Reports on military cantonments and civil stations in the Presidency of Bombay inspected by the Sanitary Commissioner in the years 1875 and 1876
Year: 1875
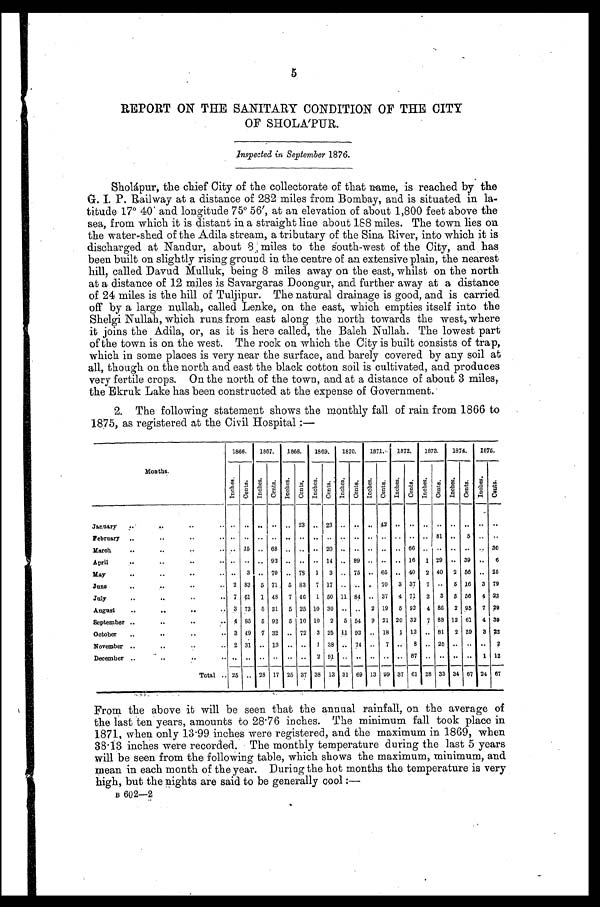
5
REPORT ON THE SANITARY CONDITION OF THE CITY
OF SHOLAPUR.
Inspected in September 1876.
Sholápur, the chief City of the collectorate of that name, is reached by the
G. I. P. Railway at a distance of 282 miles from Bombay, and is situated in la-
titude 17° 40 and longitude 75° 56', at an elevation of about 1,800 feet above the
sea, from which it is distant in a straight line about 188 miles. The town lies on
the water-shed of the Adila stream, a tributary of the Sina River, into which it is
discharged at Nandur, about 8, miles to the south-west of the City, and has
been built on slightly rising ground in the centre of an extensive plain, the nearest
hill, called Davud Mulluk, being 8 miles away on the east, whilst on the north
at a distance of 12 miles is Savargaras Doongur, and further away at a distance
of 24 miles is the hill of Tuljipur. The natural drainage is good, and is carried
off by a large nullah, called Lenke, on the east, which empties itself into the
Shelgi Nullah, which runs from east along the north towards the west, where
it joins the Adila, or, as it is here called, the Baleh Nullah. The lowest part
of the town is on the west. The rock on which the City is built consists of trap,
which in some places is very near the surface, and barely covered by any soil at
all, though on the north and east the black cotton soil is cultivated, and produces
very fertile crops. On the north of the town, and at a distance of about 3 miles,
the Ekruk Lake has been constructed at the expense of Government.
2. The following statement shows the monthly fall of rain from 1866 to
1875, as registered at the Civil Hospital :—
1866.
1867.
1868.
1869.
1870.
1871. 1872.
1873.
1874.
1875.
Months.
Inches. C e n t s . I n c h e s .
C e n t s .
I n c h e s . C e n t s . I nc he s .
c e n t s . Inches.
C e n t s .
I n c h e s .
C e n t s .
I n c h e s .
C e n t s . I n c h e s .
C e n t s . I n c h e s .
C e n t s .
Inches.
C e n t s .
January . . .
. . .
. . . . . .
. . .
. . .
2 3
. . .
2 3 . . .
. . . . . .
4 2
. . .
. . .
. . .
. . .
. . .
. . . . . .
. . .
February . . .
. . .
. . . . . .
. . .
. . .
. . .
. . .
. . . . . .
. . . . . .
. . .
. . .
. . .
. . .
8 1
. . . 5 . . .
. . .
March . . .
. . . 15 . . . 68 . . .
. . .
. . .
2 0 . . .
. . . . . .
. . .
. . .
6 6
. . .
. . .
. . . . . .
. . .
3 0
April . . .
. . .
. . . . . . 92 . . .
. . . . . . 14
. . . 89
. . .
. . .
. . . 16 1 29
. . . 39 . . . 6
May . . .
. . . 3 . . . 70 . . . 78 1 3
. . . 75 . . . 65 . . . 40 2 40 2 56 . . . 2 5
June . . .
2
83 5 71 5 83 7 17 . . . . . .
. . . 70 3 37 7
. . . 5 16 3 79
July . . .
7
6 1 1 48 7 46 1 50 11 84
. . . 37 4 71 3 3 8 56 4 23
August . . .
3 73 5 31 5 25 10 30 . . .
. . . 2 19 5 92 4 86 2 95 7 29
September . . .
4 85 5 92 5 10 10 2 5 54 9 21 20 32 7 88 12 61 4 39
October . . .
3 49 7 32 . . . 72 3 25 11 93 . . . 18 1 12 . . . 81 2 39 3 22
November . . .
2 31 . . . 13 . . .
. . . 1 38 . . . 74 . . . 7 . . . 8 . . . 25 . . . . . . . . . 2
December . . .
. . . . . . . . .
. . . . . .
. . . 2 91 . . .
. . . . . .
. . .
. . .
8 7
. . .
. . .
. . . . . .
1
1 2
Total . . . 25 . . . 28 17 25 37 38 13 31 69 13 99 37 61 28 33 34 67 24 67
From the above it will be seen that the annual rainfall, on the average of
the last ten years, amounts to 28.76 inches. The minimum fall took place in
1871, when only 13.99 inches were registered, and the maximum in 1869, when
38.13 inches were recorded. The monthly temperature during the last 5 years
will be seen from the following table, which shows the maximum, minimum, and
mean in each month of the year. During the hot months the temperature is very
high, but the nights are said to be generally cool :—
B 602—2